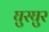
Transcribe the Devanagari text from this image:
घुरघुर